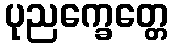
ပုညက္ခေတ္တေ